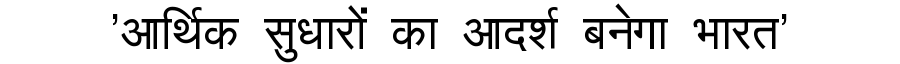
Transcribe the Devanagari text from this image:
'आर्थिक सुधारों का आदर्श बनेगा भारत'